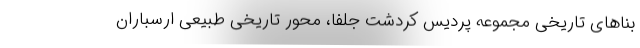
بناهای تاریخی مجموعه پردیس کردشت جلفا، محور تاریخی طبیعی ارسباران